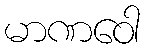
မာဏဝေါ